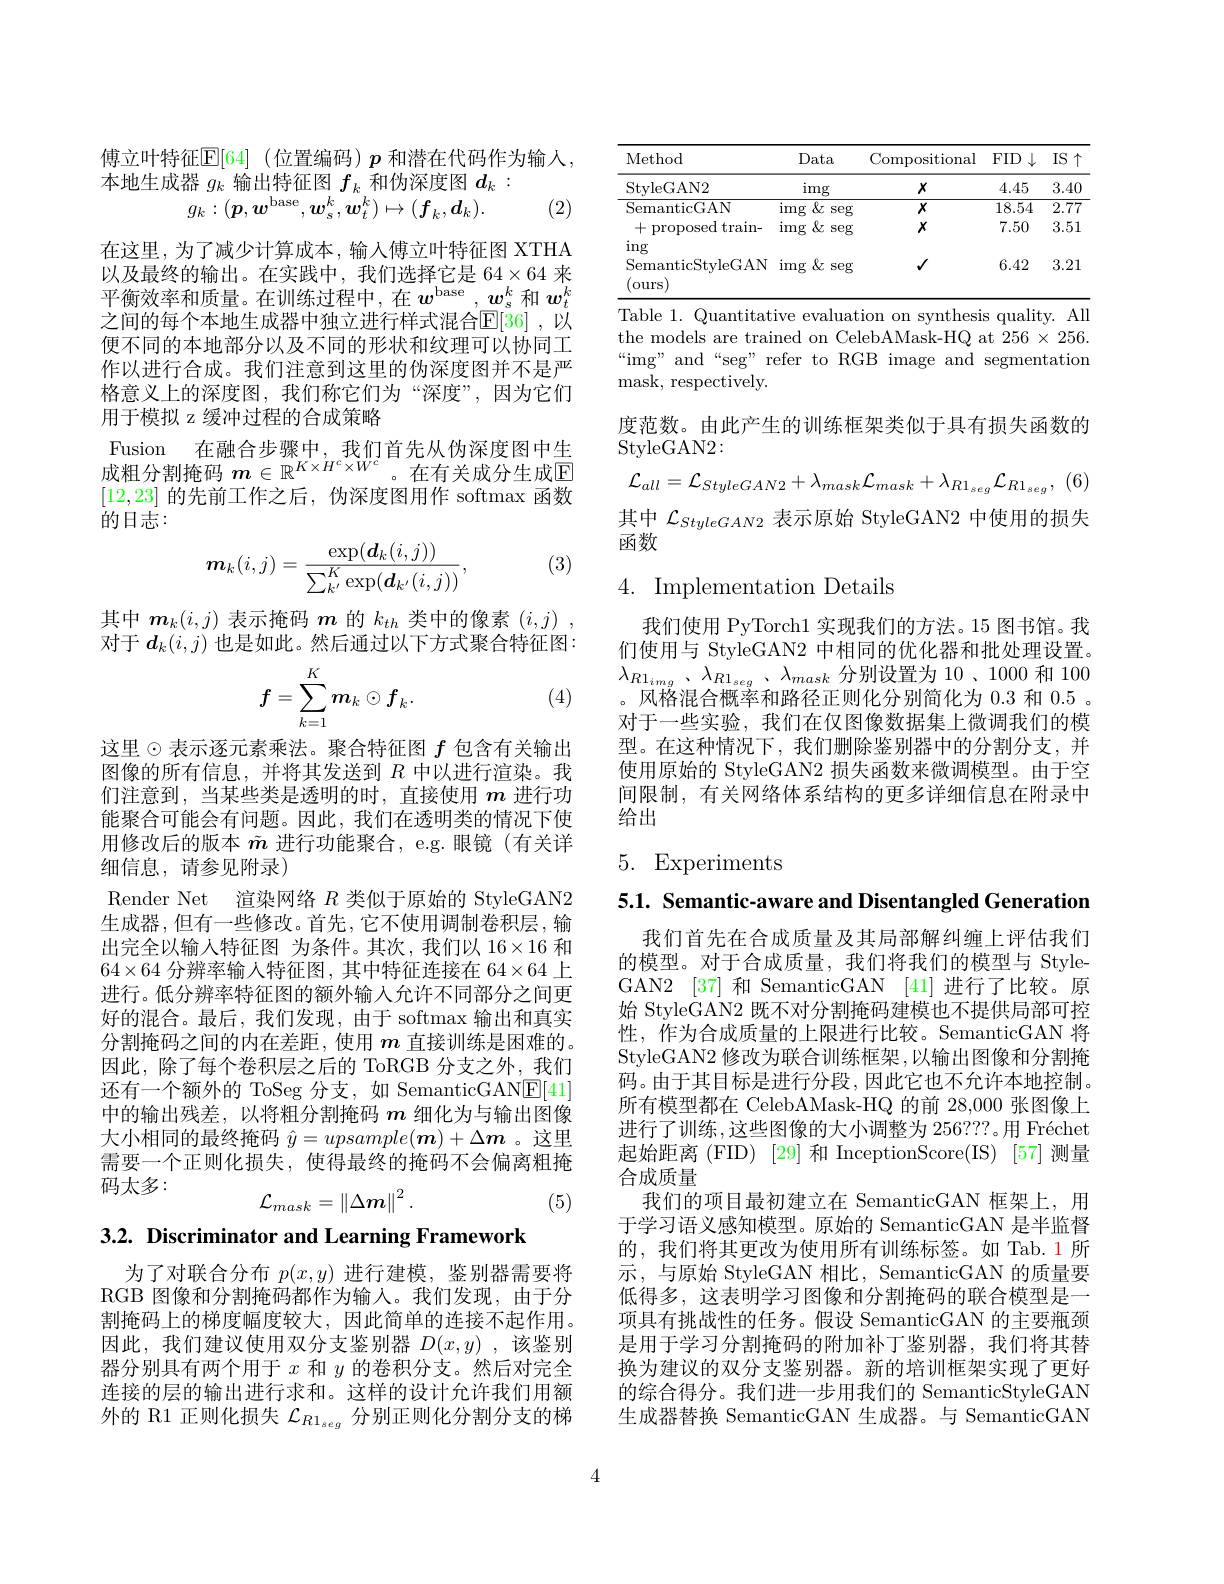
傅立叶特征$\mathbb{E}[64]$(位置编码)$p$ 和潜在代码作为输入，
本地生成器$g_k$输出特征图$f_k$和伪深度图$d_k:$
$$g_{k}:(\boldsymbol{p},\boldsymbol{w}^{\mathrm{base}},\boldsymbol{w}_{s}^{k},\boldsymbol{w}_{t}^{k})\mapsto(\boldsymbol{f}_{k},\boldsymbol{d}_{k}).$$
(2)

在这里，为了减少计算成本，输入傅立叶特征图 XTHA 以及最终的输出。在实践中，我们选择它是 64$\times64$来平衡效率和质量。在训练过程中，在$w^\mathrm{base},w_s^k$和$w_t^k$ 之间的每个本地生成器中独立进行样式混合$\mathbb{E}[36]$ ,以便不同的本地部分以及不同的形状和纹理可以协同工作以进行合成。我们注意到这里的伪深度图并不是严格意义上的深度图，我们称它们为“深度”,因为它们用于模拟 z 缓冲过程的合成策略
Fusion 在融合步骤中，我们首先从伪深度图中生成粗分割掩码 $\boldsymbol{m}\in\mathbb{R}^K\times H^c\times W^c$。在有关成分生成$\overline{\mathrm{E}}$ [12,23]的先前工作之后，伪深度图用作 softmax 函数的日志：
$$\boldsymbol{m}_k(i,j)=\frac{\exp(\boldsymbol{d}_k(i,j))}{\sum_{k^{\prime}}^K\exp(\boldsymbol{d}_{k^{\prime}}(i,j))},$$
(3)

其中$\boldsymbol{m}_k(i,j)$表示掩码$\boldsymbol{m}$的$k_{th}$类中的像素$(i,j)$, 对于$d_k(i,j)$也是如此。然后通过以下方式聚合特征图：

(4)
$$f=\sum_{k=1}^Km_k\odot f_k.$$
这里$\odot$表示逐元素乘法。聚合特征图 $f$ 包含有关输出图像的所有信息，并将其发送到$R$中以进行渲染。我们注意到，当某些类是透明的时，直接使用$m$进行功能聚合可能会有问题。因此，我们在透明类的情况下使用修改后的版本$\tilde{m}$进行功能聚合，e.g.眼镜(有关详细信息，请参见附录)
Render Net 渲染网络$R$类似于原始的 StyleGAN2生成器，但有一些修改。首先，它不使用调制卷积层，输出完全以输入特征图 为条件。其次，我们以$16\times16$和$64\times64$分辨率输入特征图，其中特征连接在 64$\times64$上进行。低分辨率特征图的额外输入允许不同部分之间更好的混合。最后，我们发现，由于 softmax 输出和真实分割掩码之间的内在差距，使用$m$直接训练是困难的。因此，除了每个卷积层之后的 ToRGB 分支之外，我们还有一个额外的 ToSeg 分支，如 SemanticGANE[41] 中的输出残差，以将粗分割掩码$m$细化为与输出图像大小相同的最终掩码$\hat{y}=upsample(\boldsymbol{m})+\Delta\boldsymbol{m}$ 。这里需要一个正则化损失，使得最终的掩码不会偏离粗掩码太多：
$$\mathcal{L}_{mask}=\left\|\Delta m\right\|^2.$$
(5)

3.2. Discriminator and Learning Framework

为了对联合分布$p(x,y)$进行建模，鉴别器需要将RGB 图像和分割掩码都作为输入。我们发现，由于分割掩码上的梯度幅度较大，因此简单的连接不起作用。因此，我们建议使用双分支鉴别器$D(x,y)$ ,该鉴别器分别具有两个用于$x$和$y$的卷积分支。然后对完全连接的层的输出进行求和。这样的设计允许我们用额外的 R1 正则化损失$\mathcal{L}_{R1_{seg}}$分别正则化分割分支的梯

<table>
	<tbody>
		<tr>
			<th>Method</th>
			<th>Data</th>
			<th>Compositional</th>
			<th>$FID$ $\downarrow$</th>
			<th>IS 个 1 </th>
		</tr>
		<tr>
			<td>StvleGAN2</td>
			<td>img</td>
			<td>$X$</td>
			<td>4.45</td>
			<td>3.40</td>
		</tr>
		<tr>
			<td>SemanticGAN</td>
			<td>img $\&$ seg</td>
			<td>$X$</td>
			<td>18.54</td>
			<td>$\overline{2.77}$</td>
		</tr>
		<tr>
			<td>+ proposed train- 1</td>
			<td>img $\&$ $\operatorname{seg}$</td>
			<td>$X$</td>
			<td>7.50</td>
			<td>3.51</td>
		</tr>
		<tr>
			<td>SemanticStyleGAN (ours</td>
			<td>$\operatorname{img}$ $\&$ seg</td>
			<td>$√$</td>
			<td>6.42</td>
			<td>3.21</td>
		</tr>
	</tbody>
</table>
Table 1. Quantitative evaluation on synthesis quality. All

the models are trained on CelebAMask-HQ at $256\times256.$ “img” and“seg” refer to RGB image and segmentation ${\mathrm{mask,~respectively.}}$

度范数。由此产生的训练框架类似于具有损失函数的
StyleGAN2:
$$\mathcal{L}_{all}=\mathcal{L}_{StyleGAN2}+\lambda_{mask}\mathcal{L}_{mask}+\lambda_{R1_{seg}}\mathcal{L}_{R1_{seg}},$$
其中$\mathcal{L}_StyleGAN2$表示原始 StyleGAN2 中使用的损失
函数

## 4. Implementation Details

我们使用 PyTorch1 实现我们的方法。15 图书馆。我们使用与 StyleGAN2 中相同的优化器和批处理设置。$\lambda _{R1_{img}}$ , $\lambda _{R1_{seg}}$ , $\lambda _{mask}$ 分别设置为 10、1000 和 100 。风格混合概率和路径正则化分别简化为 0.3 和0.5 。对于一些实验，我们在仅图像数据集上微调我们的模型。在这种情况下，我们删除鉴别器中的分割分支，并使用原始的 StyleGAN2 损失函数来微调模型。由于空间限制，有关网络体系结构的更多详细信息在附录中给出

5. Experiments

5.1. Semantic-aware and Disentangled Generation

我们首先在合成质量及其局部解纠缠上评估我们的模型。对于合成质量，我们将我们的模型与 StyleGAN2 [37] 和 SemanticGAN [41] 进行了比较。原始 StyleGAN2 既不对分割掩码建模也不提供局部可控性，作为合成质量的上限进行比较。SemanticGAN 将StyleGAN2 修改为联合训练框架，以输出图像和分割掩码。由于其目标是进行分段，因此它也不允许本地控制。所有模型都在 CelebAMask-HQ 的前 28,000 张图像上进行了训练，这些图像的大小调整为 256???。用 Fréchet 起始距离 (FID) [29] 和 InceptionScore(IS) [57] 测量合成质量
我们的项目最初建立在 SemanticGAN 框架上，用于学习语义感知模型。原始的 SemanticGAN 是半监督的，我们将其更改为使用所有训练标签。如 Tab.1所示，与原始 StyleGAN 相比，SemanticGAN 的质量要低得多，这表明学习图像和分割掩码的联合模型是一项具有挑战性的任务。假设 SemanticGAN 的主要瓶颈是用于学习分割掩码的附加补丁鉴别器，我们将其替换为建议的双分支鉴别器。新的培训框架实现了更好的综合得分。我们进一步用我们的 SemanticStyleGAN 生成器替换 SemanticGAN 生成器。与 SemanticGAN

4